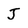
Character: J